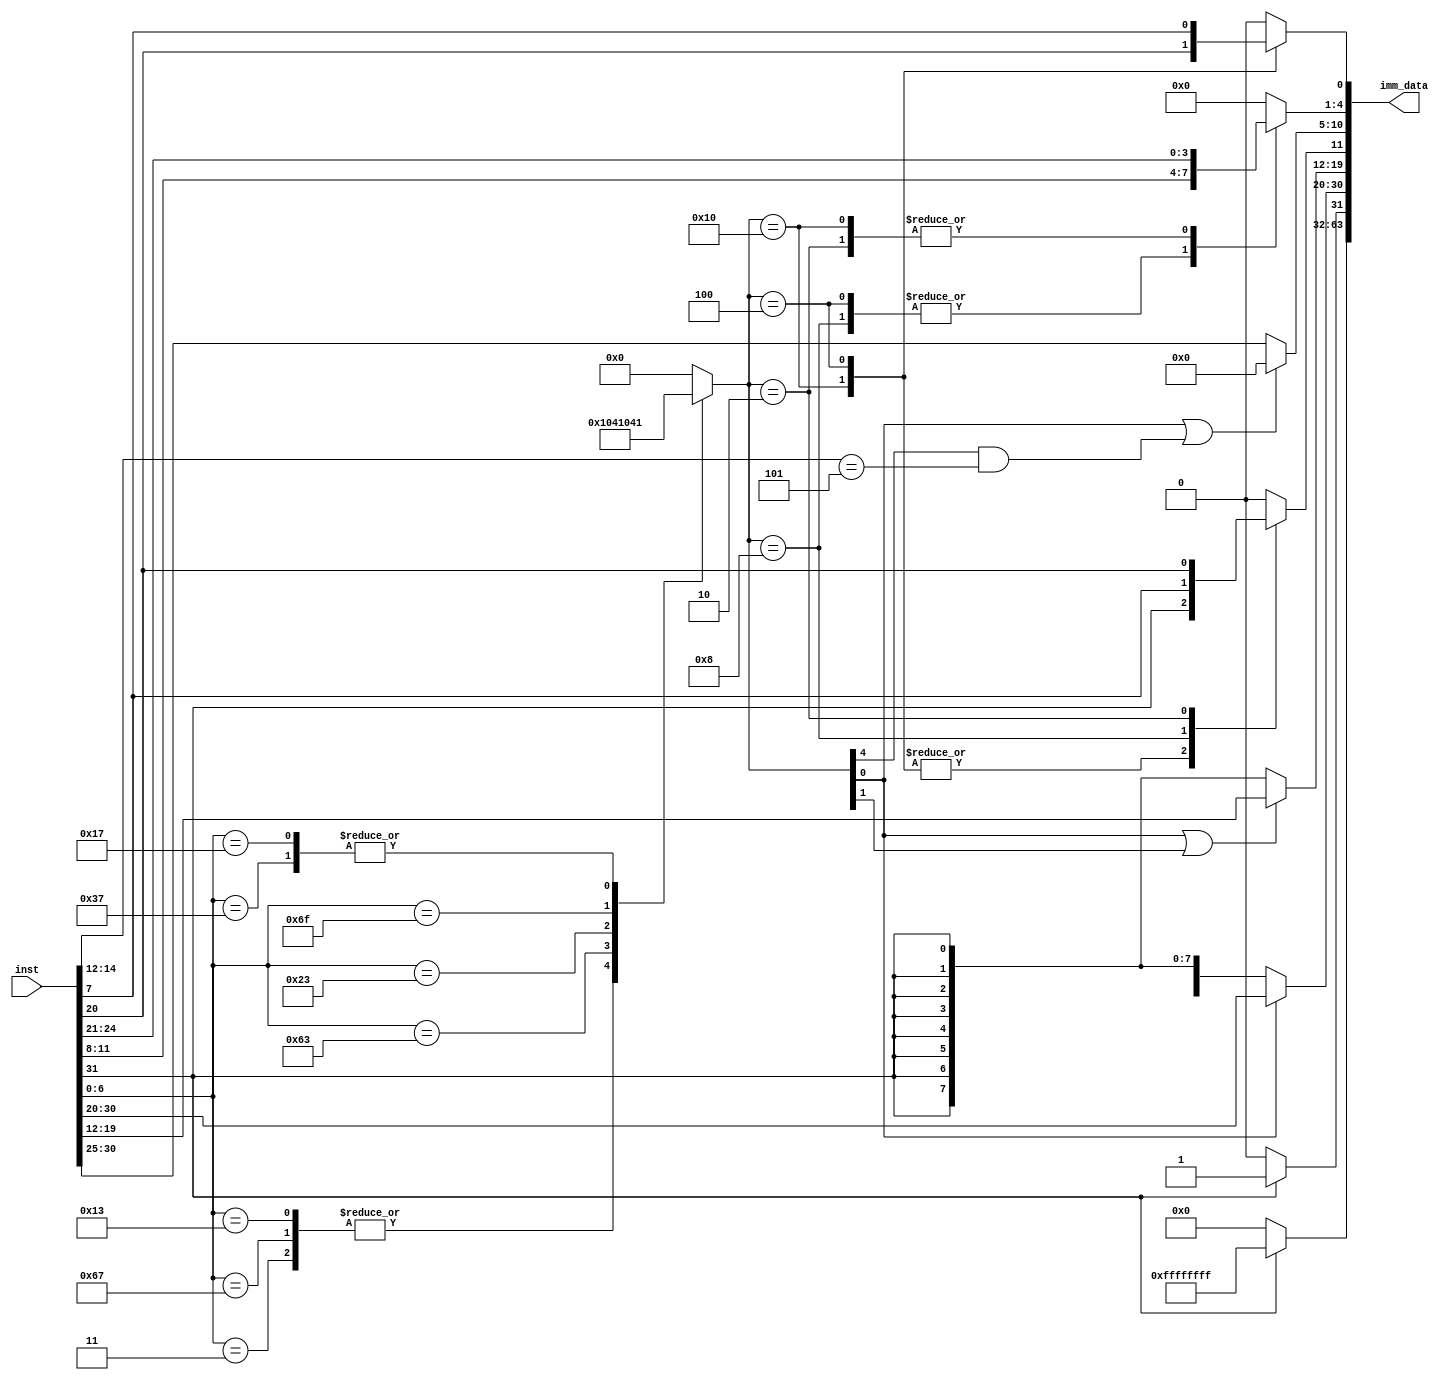
module imm_gen(	inst,
						imm_data,
						);
						
input wire[31:0] inst;
output wire[63:0] imm_data;

wire[6:0] opcode = inst[6:0];
wire I,B,S,J,U;

reg[4:0] type;
assign {I,B,S,J,U} = type;

always @(*) 
begin
	case (opcode)
		7'b0000011:type <= 5'b10000;//I-type(load)
		7'b1100111:type <= 5'b10000;//I-type(JALR)
		7'b0010011:type <= 5'b10000;//I-type
		7'b1100011:type <= 5'b01000;//B-type
		7'b0100011:type <= 5'b00100;//S-type
		7'b1101111:type <= 5'b00010;//JAL
		7'b0110111:type <= 5'b00001;//U-type(lui)
		7'b0010111:type <= 5'b00001;//U-type(auipc)
		default:   type <= 5'b00000;//R-type
	endcase
end

assign imm_data[63:32] = (inst[31])? 32'hFFFFFFFF : 32'h00000000;
assign imm_data[31] = (inst[31])? 1'b1 : 1'b0;
assign imm_data[30:20] = (U)? inst[30:20] : {inst[31],inst[31],inst[31],inst[31],inst[31],inst[31],inst[31],inst[31],inst[31],inst[31],inst[31]};
assign imm_data[19:12] = (U|J)? inst[19:12] : {inst[31],inst[31],inst[31],inst[31],inst[31],inst[31],inst[31],inst[31]};
assign imm_data[10:5] = (U|(I&(inst[14:12]==3'b101)))? 6'b000000 : inst[30:25];

reg imm_data11;
reg[3:0] imm_data41;
reg imm_data0;

always @(*) 
begin 
	case (type)
		5'b10000:imm_data11 <= inst[31];//I
		5'b00100:imm_data11 <= inst[31];//S
		5'b01000:imm_data11 <= inst[7];//B
		5'b00001:imm_data11 <= 1'b0;//U
		5'b00010:imm_data11 <= inst[20];//J
		default: imm_data11 <= 1'b0;
	endcase
end

always @(*) 
begin 
	case (type)
		5'b10000:imm_data41 = inst[24:21];//I
		5'b00100:imm_data41 = inst[11:8];//S
		5'b01000:imm_data41 = inst[11:8];//B
		5'b00001:imm_data41 = 4'h0;//U
		5'b00010:imm_data41 = inst[24:21];//J
		default: imm_data41 = 4'h0;
	endcase
end

always @(*) 
begin 
	case (type)
		5'b10000:imm_data0 = inst[20];//I
		5'b00100:imm_data0 = inst[7];//S
		5'b01000:imm_data0 = 1'b0;//B
		5'b00001:imm_data0 = 1'b0;//U
		5'b00010:imm_data0 = 1'b0;//J
		default: imm_data0 = 1'b0;
	endcase
end

assign imm_data[11] = imm_data11;
assign imm_data[4:1] = imm_data41;
assign imm_data[0] = imm_data0;

endmodule